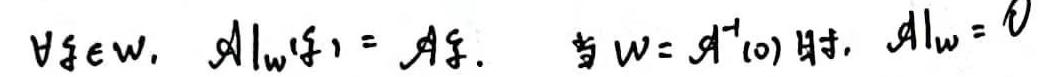
$\forall \xi\in W,\ \left.\mathcal{A}\right|_{W}(\xi)=\mathcal{A}\xi.\ \ 当W = \mathcal{A}^{-1}(0)时,\ \left.\mathcal{A}\right|_{W}=0$